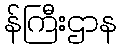
န်ကြီးဌာန